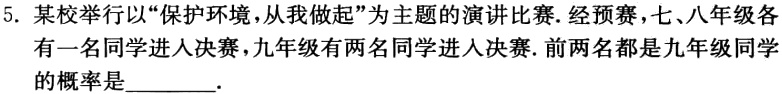
5. 某校举行以“保护环境，从我做起”为主题的演讲比赛.经预赛，七、八年级各有一名同学进入决赛，九年级有两名同学进入决赛.前两名都是九年级同学的概率是________.